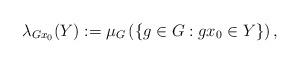
LaTeX: \begin{align*}\lambda_{Gx_0}(Y):=\mu_{G}\left(\{g\in G : gx_0\in Y\}\right),\end{align*}